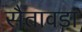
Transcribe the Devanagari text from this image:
सैतावडा